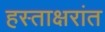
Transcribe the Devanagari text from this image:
हस्ताक्षरांत